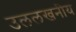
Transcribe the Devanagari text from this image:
उललखनीय